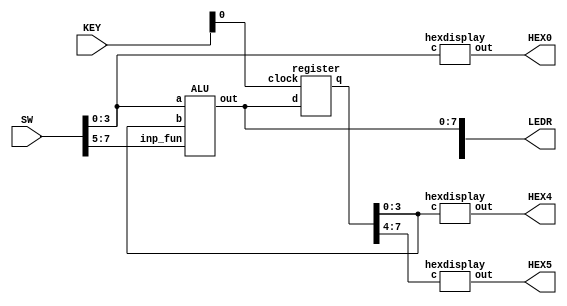
module ALU_register(SW, KEY, LEDR, HEX0, HEX4, HEX5);
	input [9:0] SW;
	input [3:0] KEY;
	output [9:0] LEDR;
	output [6:0] HEX0, HEX4, HEX5;
	
	wire [3:0] b;
	wire [7:0] out0;
	
	ALU alu(SW[3:0], b[3:0], SW[7:5], LEDR[7:0]);
	hexdisplay h0(SW[3:0], HEX0);
	register r(LEDR[7:0], KEY[0], out0);
	assign b[3:0] = out0[3:0];
	hexdisplay h4(out0[3:0], HEX4);
	hexdisplay h5(out0[7:4], HEX5);
	
endmodule

module register(d, clock, q);
	input [7:0] d;
	input clock;
	output [7:0] q;
	reg [7:0] q;
	
	always @(posedge clock)
	begin
		q <= d;
		/*if (reset_n == 1'b0)
			q <= 0;
		else
			q <= d;*/
	end
endmodule

module ALU(a, b, inp_fun, out);
	input [3:0] a;
	input [3:0] b;
	input [2:0] inp_fun;
	output [7:0] out;
	
	// wires going into multiplexer
	wire [7:0] w0;
	wire [7:0] w1;
	wire [7:0] w2;
	wire [7:0] w3;
	wire [7:0] w4;
	wire [7:0] w5;
	wire [7:0] w6;
	wire [7:0] w7;
	
	wire dummy;
	
	// determining output for each key and placing it in its corresponding wire
	rippleadder r0 (a[3:0], 4'b0001, 1'b0, dummy, w0[3:0]);
	rippleadder r1 (a[3:0], b[3:0], 1'b0, dummy, w1[3:0]);
	assign w0[7:4] = 4'b0000;
	assign w1[7:4] = 4'b0000;
	assign w2 = {4'b0000, a[3:0] + b[3:0]}; 
	assign w3 = {a[3] | b[3], a[2] | b[2], a[1] | b[1], a[0] | b[0],
						a[3] ^ b[3], a[2] ^ b[2], a[1] ^ b[1], a[0] ^ b[0]};
	assign w4 = {7'b000_0000, | (a[3:0] & b[3:0])};
	assign w5[7:0] = b[3:0] << a[3:0];
	assign w6[7:0] = b[3:0] >> a[3:0];
	assign w7[7:0] = b[3:0] * a[3:0];
	
	// choosing which outp ut to display
	reg [7:0] Out;
	always @(*)
	begin
		case (inp_fun[2:0])
			3'b000: Out = w0;
			3'b001: Out = w1;
			3'b010: Out = w2;
			3'b011: Out = w3;
			3'b100: Out = w4;
			3'b101: Out = w5;
			3'b110: Out = w6;
			3'b111: Out = w7;
			default: Out = 0;
		endcase
	end
	
	assign out[7:0] = Out[7:0];
	
endmodule

module rippleadder(A, B, cin, cout, s);
	input [7:4] A;
	input [3:0] B;
	input cin;
	output cout;
	output [3:0] s;
	
	// wires going between each full_add instance
	wire [2:0] w;
	
	fulladd f1 (A[4], B[0], cin, w[0], s[0]);
	fulladd f2 (A[5], B[1], w[0], w[1], s[1]);
	fulladd f3 (A[6], B[2], w[1], w[2], s[2]);
	fulladd f4 (A[7], B[3], w[2], cout, s[3]);

endmodule

module fulladd(A, B, cin, cout, S);
	// incoming bits to add, including a carry
	input A;
	input B;
	input cin;
	// carry and sum digits as a result of addition
	output cout;
	output S;
	
	wire w;
	
	assign w = A & ~B | ~A & B;
	mux2to1 m1(B, cin, w, cout);
	assign S = cin & ~w | ~cin & w;
	
endmodule

module mux2to1 (x, y, s, m);
	input x; //selected when s is 0
	input y; //selected when s is 1
	input s; //select signal
	output m; //output
	assign m = s & y | ~s & x;
	
endmodule

module hexdisplay(c, out);
	input [3:0] c;		// binary representation of the character to be shown
	output [6:0] out; // each segment in the 7-seg display
	
	//setting each segment to on/off individually
	assign out[0] = ~c[3] & ~c[2] & ~c[1] & c[0] |
						~c[3] & c[2] & ~c[1] & ~c[0] |
						c[3] & ~c[2] & c[1] & c[0] |
						c[3] & c[2] & ~c[1] & c[0];
						
	assign out[1] = ~c[3] & c[2] & ~c[1] & c[0] |
						 c[3] & c[2] & ~c[0] |
						 c[2] & c[1] & ~c[0] |
						 c[3] & c[1] & c[0];
						 
	assign out[2] = ~c[3] & ~c[2] & c[1] & ~c[0] |
						 c[3] & c[2] & ~c[0] |
						 c[3] & c[2] & c[1];
	
	assign out[3] = ~c[3] & c[2] & ~c[1] & ~c[0] |
						 c[3] & ~c[2] & c[1] & ~c[0] |
						 c[2] & c[1] & c[0] |
						 ~c[2] & ~c[1] & c[0];
	
	assign out[4] = ~c[3] & c[0] |
						 ~c[3] & c[2] & ~c[1] |
						 ~c[2] & ~c[1] & c[0]; 
	
	assign out[5] = ~c[3] & ~c[2] & c[0] |
						 ~c[3] & c[1] & c[0] |
						 ~c[3] & ~c[2] & c[1] |
						 c[3] & c[2] & ~c[1] & c[0];
	
	assign out[6] = ~c[3] & ~c[2] & ~c[1] |
						 c[3] & c[2] & ~c[1] & ~c[0] |
				       ~c[3] & c[2] & c[1] & c[0];
						 
endmodule